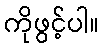
ကိုဖွင့်ပါ။